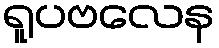
ရူပဗလေန